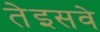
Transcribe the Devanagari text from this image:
तेइसवे